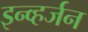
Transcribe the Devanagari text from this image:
इन्व्हर्जन